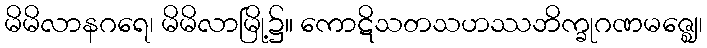
မိမိလာနဂရေ၊ မိမိလာမြို့၌။ ကောဋိသတသဟဿဘိက္ခုဂဏမဇ္ဈေ၊